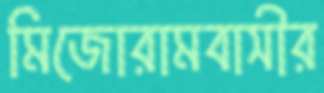
মিজোরামবাসীর